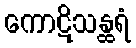
ကောဋိသန္ထရံ